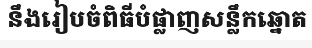
នឹងរៀបចំពិធីបំផ្លាញសន្លឹកឆ្នោត